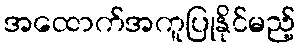
အထောက်အကူပြုနိုင်မည့်